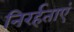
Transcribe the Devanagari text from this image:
निरर्हताएं